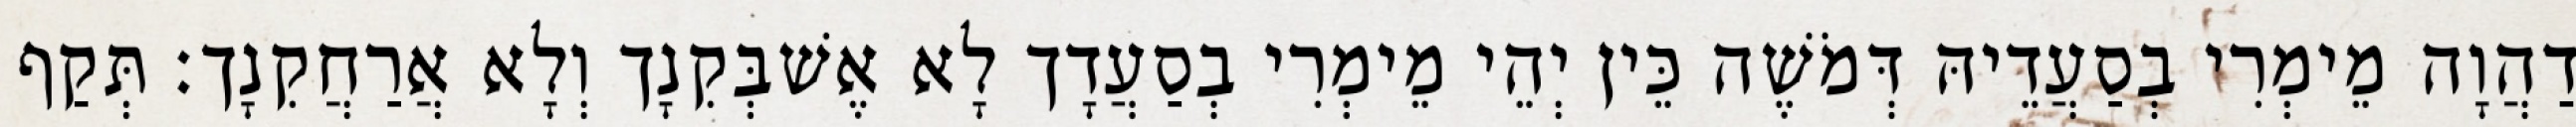
דַהֲוָה מֵימְרִי בְסַעֲדֵיהּ דְּמֹשֶׁה כֵּין יְהֵי מֵימְרִי בְסַעֲדָך לָא אֶשׁבְּקִנָך וְלָא אֲרַחֲקִנָך׃ תְּקַף